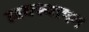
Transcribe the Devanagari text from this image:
त्वक्स्थापन